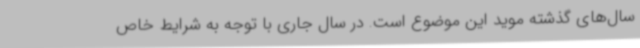
سال‌های گذشته موید این موضوع است. در سال جاری با توجه به شرایط خاص